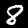
Digit: 8